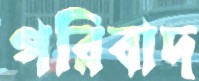
পরিবাদ